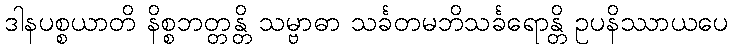
ဒါနပစ္စယာတိ နိစ္စဘတ္တန္တိ သမ္ဗာဓာ သင်္ခတမဘိသင်္ခရောန္တိ ဥပနိဿာယပေ